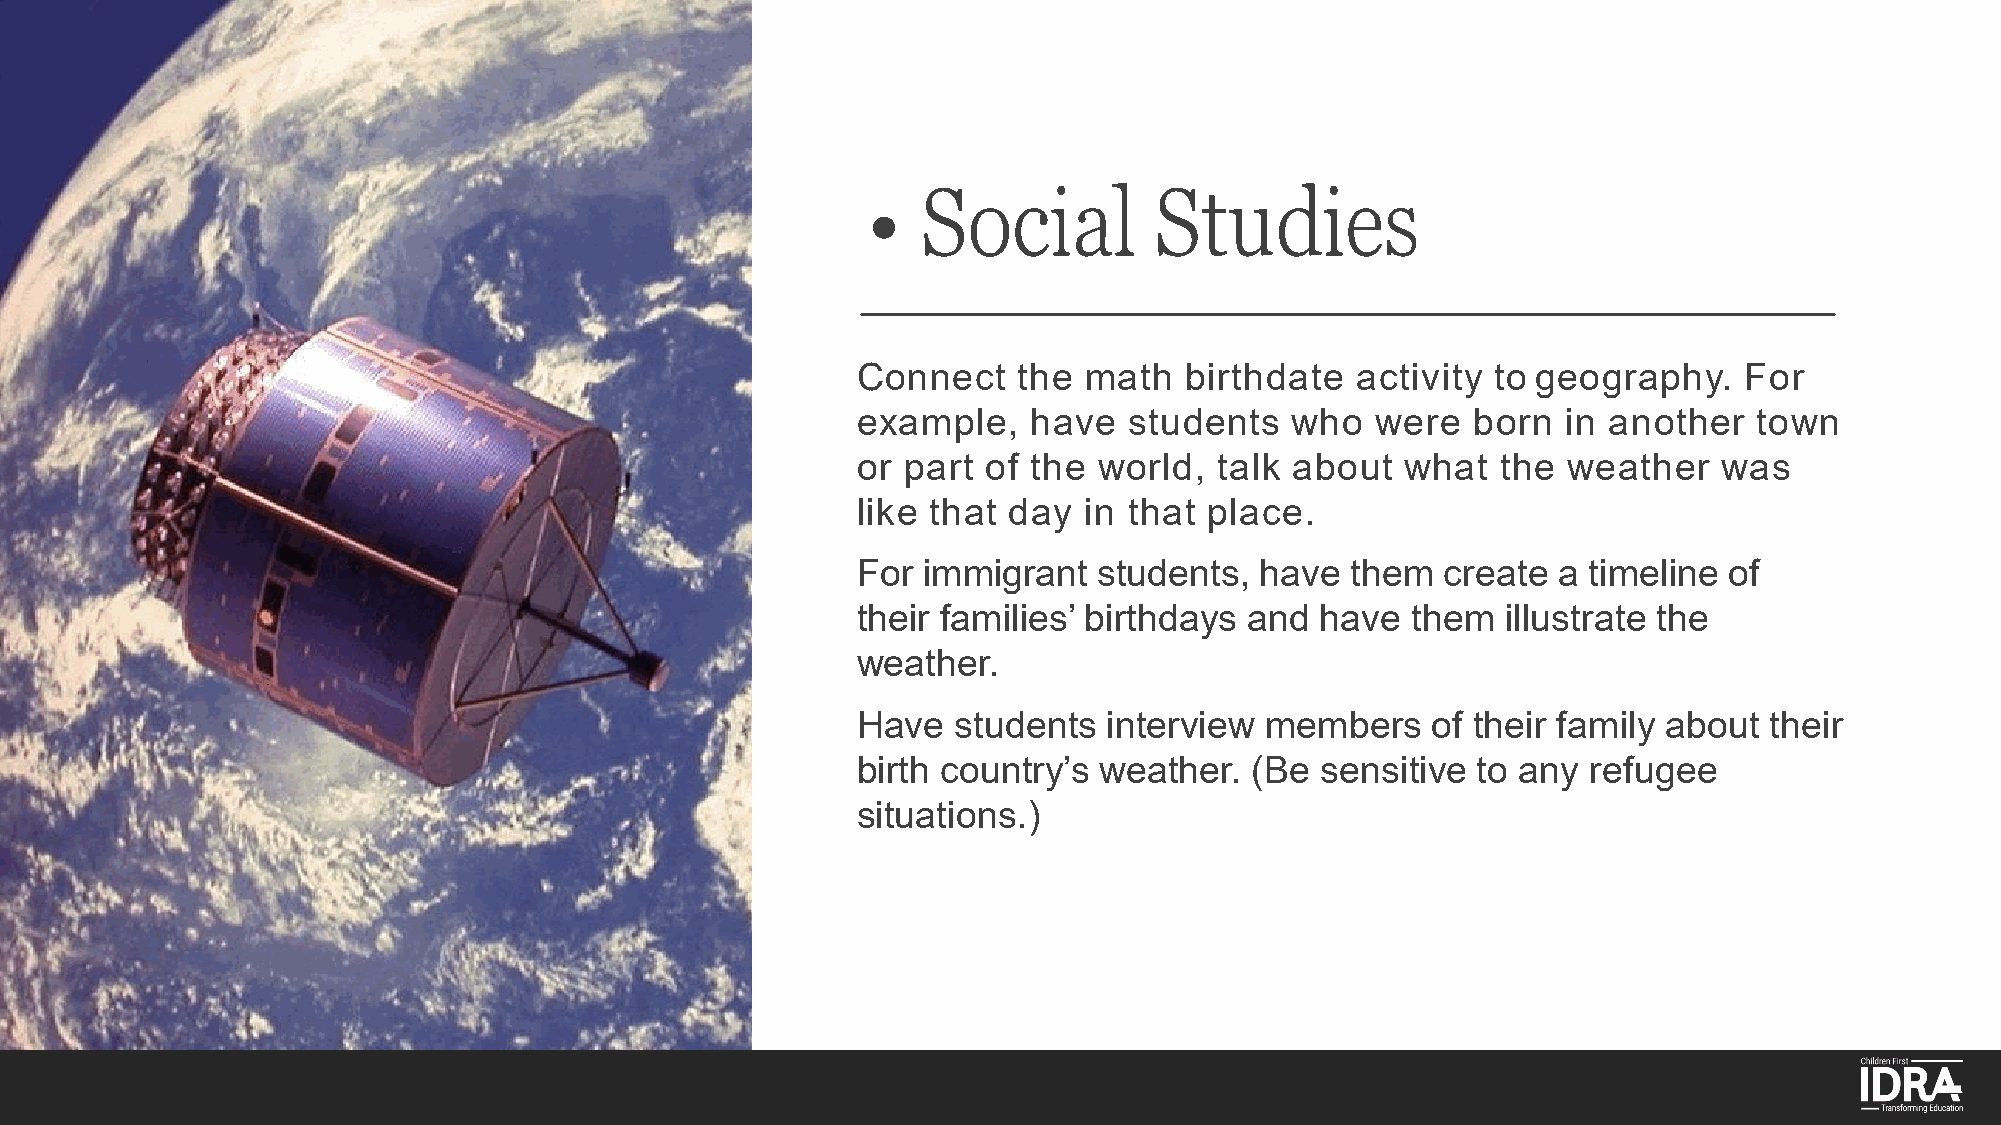
•   Social         Studies
 Connect   the  math  birthdate   activity to geography.   For
 example,   have   students   who  were   born  in another  town
 or part of the  world,  talk about  what  the  weather   was
 like that day  in that place.
 For immigrant   students, have  them   create a timeline of
 their families’ birthdays and have  them   illustrate the
 weather.
 Have  students  interview  members    of their family about their
 birth country’s weather.  (Be sensitive  to any refugee
 situations.)